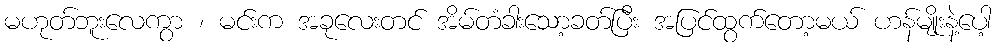
မဟုတ်ဘူးလေကွာ ၊ မင်းက အခုလေးတင် အိမ်တံခါးသော့ခတ်ပြီး အပြင်ထွက်တော့မယ် ဟန်မျိုးနဲ့ပေါ့